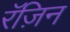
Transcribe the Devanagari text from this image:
रॅज़िन